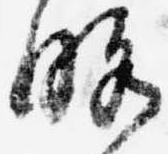
略